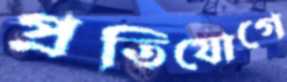
প্রতিযোগে